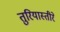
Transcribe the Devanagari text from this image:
तुरियास्तीरे